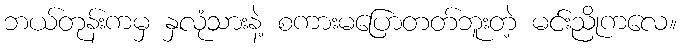
ဘယ်တုန်းကမှ နှလုံသားနဲ့ စကားမပြောတတ်ဘူးတဲ့ မင်းညိုကလေ။